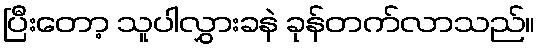
ပြီးတော့ သူပါလွှားခနဲ ခုန်တက်လာသည်။